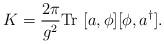
LaTeX: \begin{align*}K = \frac{2 \pi}{g^2} {\rm Tr} \ [a, \phi] [ \phi, a^\dagger].\end{align*}